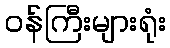
ဝန်ကြီးများရုံး